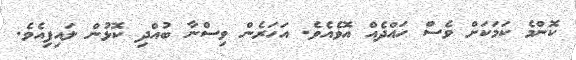
ކޮންމެ ކަމަކަށް ވެސް ހައްދެއް އޮވެއެވެ. އަހަރެން ވިސްނާ ބުއްދި ކޮޅުން ލައިފިއެވެ.